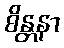
စိန္တနာ